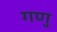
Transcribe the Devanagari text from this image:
गणु